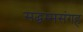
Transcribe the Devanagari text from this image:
सद्धम्मसंगह